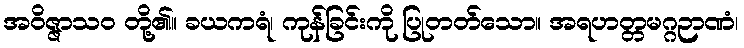
အဝိဇ္ဇာသဝ တို့၏။ ခယကရံ၊ ကုန်ခြင်းကို ပြုတတ်သော။ အရဟတ္တမဂ္ဂဉာဏံ၊